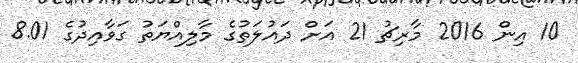
10 އިން 2016 މާރިޗު 21 އަށް ދައުލަތުގެ މާލިއްޔަތު ގަވާއިދުގެ 8.01